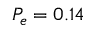
P _ { e } = 0 . 1 4